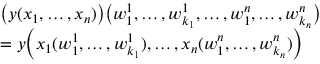
\begin{array} { r l } & { \bigl ( y ( x _ { 1 } , \ldots , x _ { n } ) \bigr ) \bigl ( w _ { 1 } ^ { 1 } , \ldots , w _ { k _ { 1 } } ^ { 1 } , \ldots , w _ { 1 } ^ { n } , \ldots , w _ { k _ { n } } ^ { n } \bigr ) } \\ & { = y \Bigl ( x _ { 1 } ( w _ { 1 } ^ { 1 } , \ldots , w _ { k _ { 1 } } ^ { 1 } ) , \ldots , x _ { n } ( w _ { 1 } ^ { n } , \ldots , w _ { k _ { n } } ^ { n } ) \Bigr ) } \end{array}